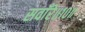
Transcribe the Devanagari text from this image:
सवाँरे॥१०॥